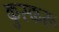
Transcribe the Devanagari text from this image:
कुस्करू